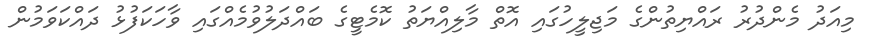
މިއަދު މެންދުރު ރައްޔިތުންގެ މަޖިލީހުގައި އޮތް މާލިއްޔަތު ކޮމެޓީގެ ބައްދަލުވުމެއްގައި ވާހަކަފުޅު ދައްކަވަމުން